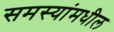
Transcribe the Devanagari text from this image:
समस्यांमधील